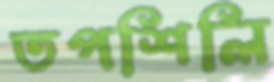
তপশিলি